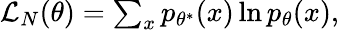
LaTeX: \begin{array}{r}{\mathcal{L}_{N}(\theta)=\sum_{x}p_{\theta^{*}}(x)\ln p_{\theta}(x),}\end{array}